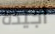
أجيده